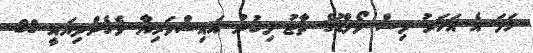
ހަމަ އެ އަހަރު މިސް ވޯލްޑުގެ ތާޖު ލިބުނު އައިޝްވަރިޔާ ވެގެންދިޔައީ 28